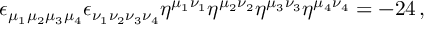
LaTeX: \epsilon _ { \mu _ { 1 } \mu _ { 2 } \mu _ { 3 } \mu _ { 4 } } \epsilon _ { \nu _ { 1 } \nu _ { 2 } \nu _ { 3 } \nu _ { 4 } } \eta ^ { \mu _ { 1 } \nu _ { 1 } } \eta ^ { \mu _ { 2 } \nu _ { 2 } } \eta ^ { \mu _ { 3 } \nu _ { 3 } } \eta ^ { \mu _ { 4 } \nu _ { 4 } } = - 2 4 \, ,